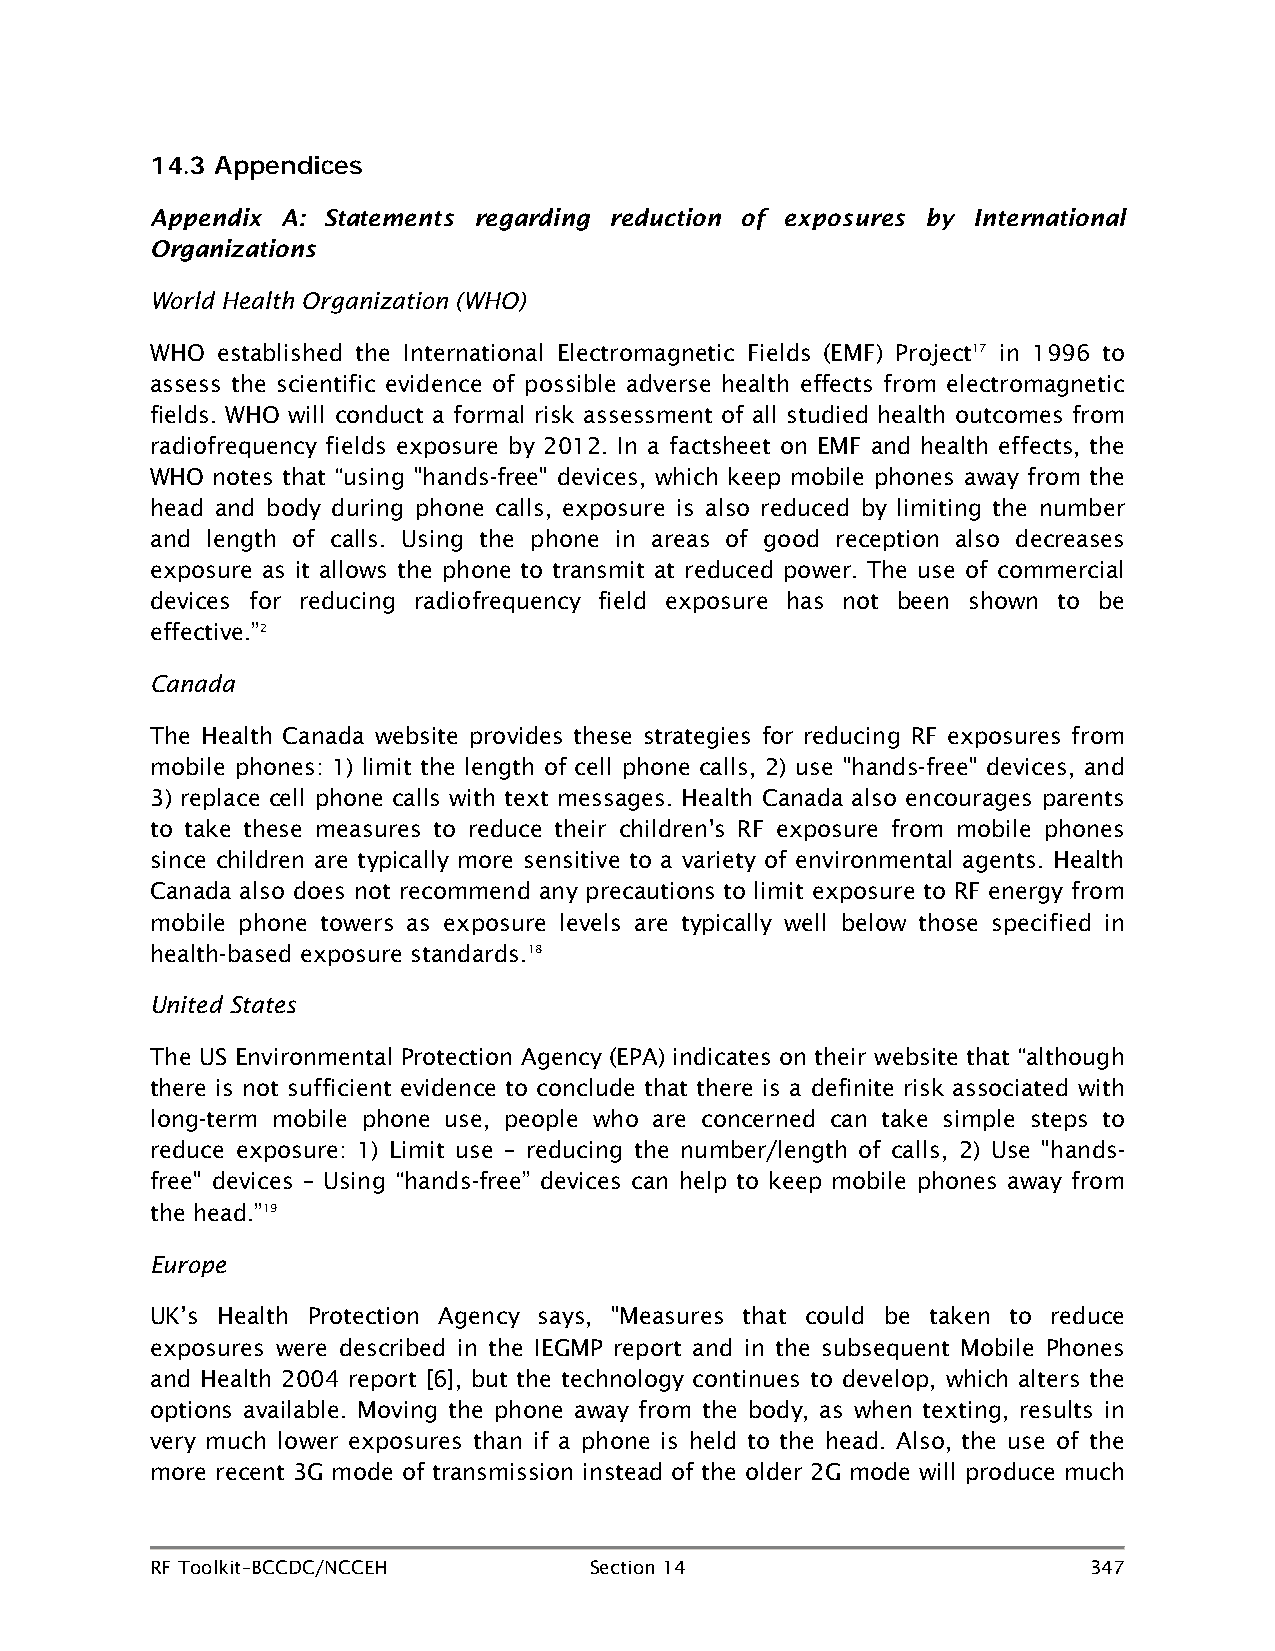
14.3 Appendices
 Appendix A: Statements regarding reduction of exposures by International
 Organizations
 World Health Organization (WHO)
 WHO established the International Electromagnetic Fields (EMF) Project17 in 1996 to
 assess the scientific evidence of possible adverse health effects from electromagnetic
 fields. WHO will conduct a formal risk assessment of all studied health outcomes from
 radiofrequency fields exposure by 2012. In a factsheet on EMF and health effects, the
 WHO notes that “using "hands-free" devices, which keep mobile phones away from the
 head and body during phone calls, exposure is also reduced by limiting the number
 and length of calls. Using the phone in areas of good reception also decreases
 exposure as it allows the phone to transmit at reduced power. The use of commercial
 devices for reducing radiofrequency field exposure has not been shown to be
 effective.”2
 Canada
 The Health Canada website provides these strategies for reducing RF exposures from
 mobile phones: 1) limit the length of cell phone calls, 2) use "hands-free" devices, and
 3) replace cell phone calls with text messages. Health Canada also encourages parents
 to take these measures to reduce their children's RF exposure from mobile phones
 since children are typically more sensitive to a variety of environmental agents. Health
 Canada also does not recommend any precautions to limit exposure to RF energy from
 mobile phone towers as exposure levels are typically well below those specified in
 health-based exposure standards.18
 United States
 The US Environmental Protection Agency (EPA) indicates on their website that “although
 there is not sufficient evidence to conclude that there is a definite risk associated with
 long-term mobile phone use, people who are concerned can take simple steps to
 reduce exposure: 1) Limit use – reducing the number/length of calls, 2) Use "hands-
 free" devices – Using “hands-free” devices can help to keep mobile phones away from
 the head.”19
 Europe
 UK’s Health Protection Agency says, "Measures that could be taken to reduce
 exposures were described in the IEGMP report and in the subsequent Mobile Phones
 and Health 2004 report [6], but the technology continues to develop, which alters the
 options available. Moving the phone away from the body, as when texting, results in
 very much lower exposures than if a phone is held to the head. Also, the use of the
 more recent 3G mode of transmission instead of the older 2G mode will produce much
 RF Toolkit–BCCDC/NCCEH       Section 14                       347